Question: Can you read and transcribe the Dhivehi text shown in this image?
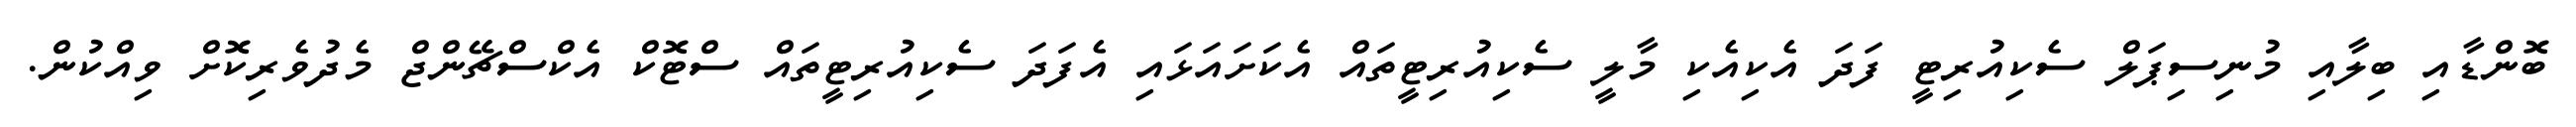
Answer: ބޮންޑާއި ބިލާއި މުނިސިޕަލް ސެކިއުރިޓީ ފަދަ އެކިއެކި މާލީ ސެކިއުރިޓީތައް އެކަށައަޅައި އެފަދަ ސެކިއުރިޓީތައް ސްޓޮކް އެކްސްޗޭންޖް މެދުވެރިކޮށް ވިއްކުން.